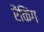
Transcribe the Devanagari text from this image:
रैंकिंग